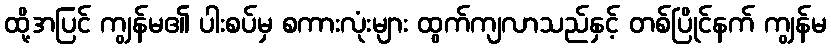
ထို့အပြင် ကျွန်မ၏ ပါးစပ်မှ စကားလုံးများ ထွက်ကျလာသည်နှင့် တစ်ပြိုင်နက် ကျွန်မ